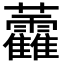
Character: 𧆑